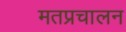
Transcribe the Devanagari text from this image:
मतप्रचालन